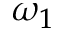
\omega _ { 1 }